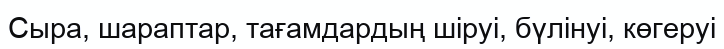
Сыра, шараптар, тағамдардың шіруі, бүлінуі, көгеруі